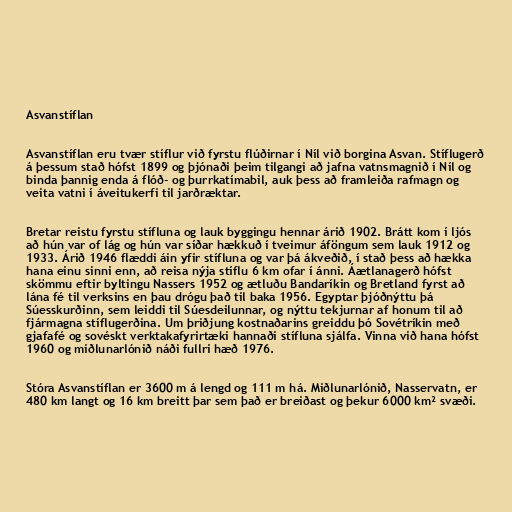
Asvanstíflan

Asvanstíflan eru tvær stíflur við fyrstu flúðirnar í Níl við borgina Asvan. Stíflugerð
á þessum stað hófst 1899 og þjónaði þeim tilgangi að jafna vatnsmagnið í Níl og
binda þannig enda á flóð- og þurrkatímabil, auk þess að framleiða rafmagn og
veita vatni í áveitukerfi til jarðræktar.

Bretar reistu fyrstu stífluna og lauk byggingu hennar árið 1902. Brátt kom í ljós
að hún var of lág og hún var síðar hækkuð í tveimur áföngum sem lauk 1912 og
1933. Árið 1946 flæddi áin yfir stífluna og var þá ákveðið, í stað þess að hækka
hana einu sinni enn, að reisa nýja stíflu 6 km ofar í ánni. Áætlanagerð hófst
skömmu eftir byltingu Nassers 1952 og ætluðu Bandaríkin og Bretland fyrst að
lána fé til verksins en þau drógu það til baka 1956. Egyptar þjóðnýttu þá
Súesskurðinn, sem leiddi til Súesdeilunnar, og nýttu tekjurnar af honum til að
fjármagna stíflugerðina. Um þriðjung kostnaðarins greiddu þó Sovétríkin með
gjafafé og sovéskt verktakafyrirtæki hannaði stífluna sjálfa. Vinna við hana hófst
1960 og miðlunarlónið náði fullri hæð 1976.

Stóra Asvanstíflan er 3600 m á lengd og 111 m há. Miðlunarlónið, Nasservatn, er
480 km langt og 16 km breitt þar sem það er breiðast og þekur 6000 km² svæði.